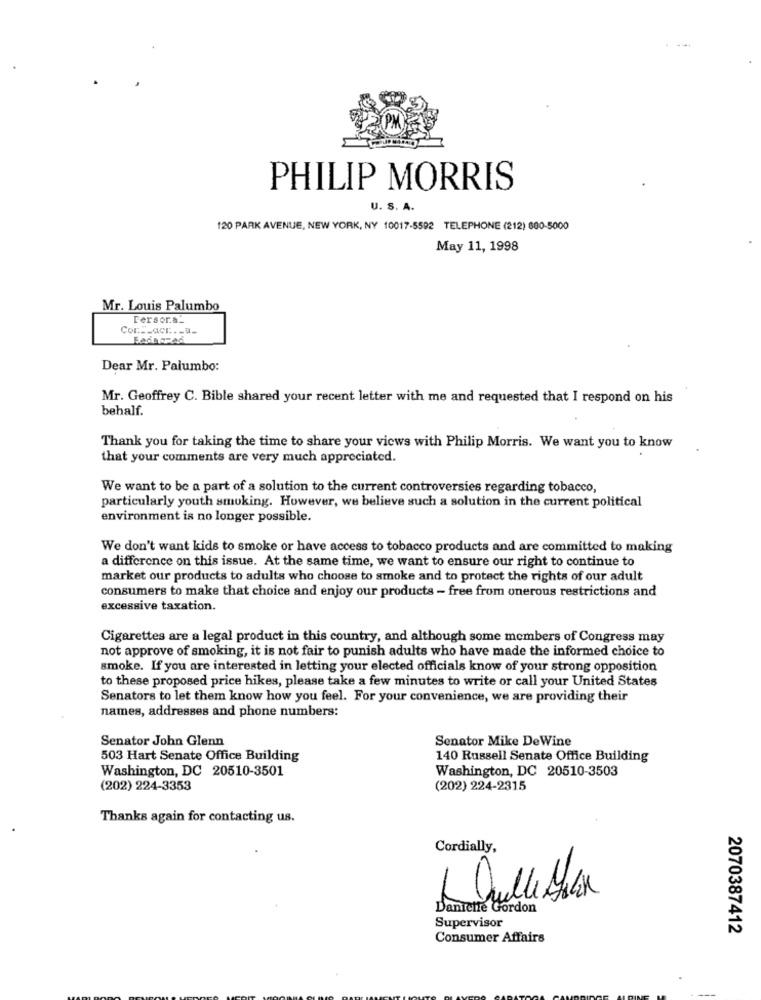
PHILIP MORRIS
U. S. A.
120 PARK AVENUE, NEW YORK, NY 10017-5592 TELEPHONE (212) 600-5000
May 11, 1998
Mr. Louis Palumbo
Tersor.s.
Cor __ acc .- u_
Dear Mr. Palumbo:
Mr. Geoffrey C. Bible shared your recent letter with me and requested that I respond on his
behalf.
Thank you for taking the time to share your views with Philip Morris. We want you to know
that your comments are very much appreciated.
We want to be a part of a solution to the current controversies regarding tobacco,
particularly youth smoking. However, we believe such a solution in the current political
environment is no longer possible.
We don't want kids to smoke or have access to tobacco products and are committed to making
a difference on this issue. At the same time, we want to ensure our right to continue to
market our products to adults who choose to smoke and to protect the rights of our adult
consumers to make that choice and enjoy our products - free from onerous restrictions and
excessive taxation.
Cigarettes are a legal product in this country, and although some members of Congress may
not approve of smoking, it is not fair to punish adults who have made the informed choice to
smoke. If you are interested in letting your elected officials know of your strong opposition
to these proposed price hikes, please take a few minutes to write or call your United States
Senators to let them know how you feel. For your convenience, we are providing their
names, addresses and phone numbers:
Senator John Glenn
Senator Mike DeWine
503 Hart Senate Office Building
140 Russell Senate Office Building
Washington, DC 20510-3501
Washington, DC 20510-3503
(202) 224-3353
(202) 224-2315
Thanks again for contacting us.
Cordially,
-
Danichte Gordon
Supervisor
2070387412
Consumer Affairs